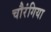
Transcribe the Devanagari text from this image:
चौरंगिया